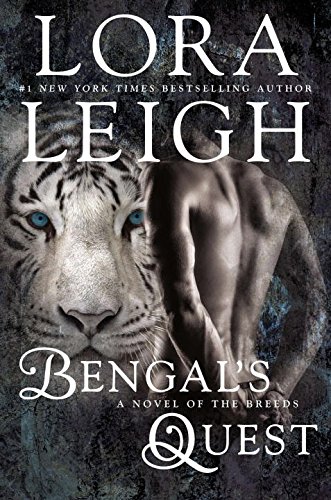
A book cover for Bengal's Quest: A Breed Novel; Lora Leigh; Science Fiction & Fantasy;